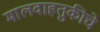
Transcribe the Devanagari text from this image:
मालवाहतुकीचे